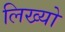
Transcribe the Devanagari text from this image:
लिख्‍यो